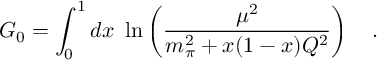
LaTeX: G _ { 0 } = \int _ { 0 } ^ { 1 } d x \ \ln \left( { \frac { \mu ^ { 2 } } { m _ { \pi } ^ { 2 } + x ( 1 - x ) Q ^ { 2 } } } \right) \ \ \ .